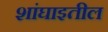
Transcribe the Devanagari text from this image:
शांघाइतील